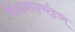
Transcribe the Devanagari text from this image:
विश्वमायुर्व्यश्नुताम्‌